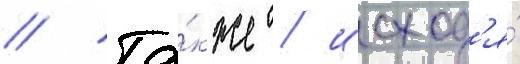
// Та́кже / исход'я́